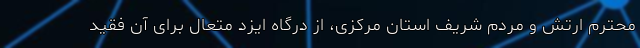
محترم ارتش و مردم شریف استان مرکزی، از درگاه ایزد متعال برای آن فقید